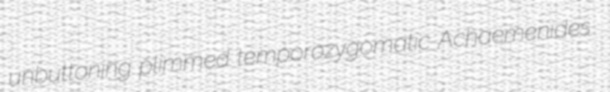
unbuttoning plimmed temporozygomatic Achaemenides